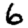
Digit: 6